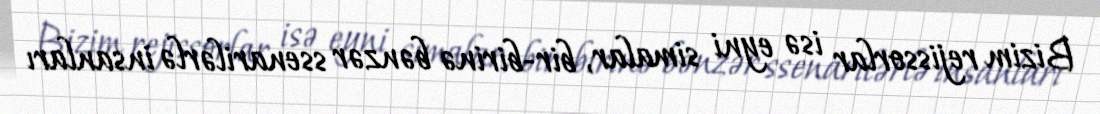
Bizim rejissorlar isə eyni simalar, bir-birinə bənzər ssenarilərlə insanları